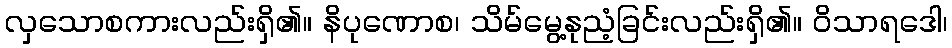
လှသောစကားလည်းရှိ၏။ နိပုဏောစ၊ သိမ်မွေ့နုညံ့ခြင်းလည်းရှိ၏။ ဝိသာရဒေါ၊